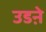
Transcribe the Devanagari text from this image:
उडऩे